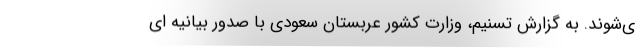
ی‌شوند. به گزارش تسنیم، وزارت کشور عربستان سعودی با صدور بیانیه ای